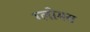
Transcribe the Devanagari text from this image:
ग्लोमस